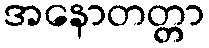
အနောတတ္တာ